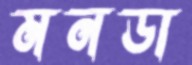
মনডা